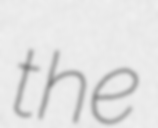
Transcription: the